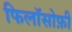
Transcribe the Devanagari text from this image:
फिलॉसोफ़ी